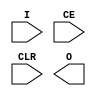
`default_nettype none
module BUFR #(
    parameter BUFR_DIVIDE = 4
) (
    input wire I,
    input wire CE,
    input wire CLR,
    output wire O
);

endmodule


module IDELAYE2 #(
    parameter IDELAY_TYPE ="FIXED",
    parameter DELAY_SRC ="IDATAIN",
    parameter IDELAY_VALUE =14, // a value of 14 should give ~1.1ns with a 200MHz reference
    parameter HIGH_PERFORMANCE_MODE ="TRUE",
    parameter SIGNAL_PATTERN ="DATA",
    parameter REFCLK_FREQUENCY =200,
    parameter CINVCTRL_SEL ="FALSE",
    parameter PIPE_SEL ="FALSE"
) (
    input wire C,
    input wire REGRST,
    input wire LD,
    input wire CE,
    input wire INC,
    input wire CINVCTRL,
    input wire [8:0] CNTVALUEIN,
    input wire IDATAIN,
    input wire DATAIN,
    input wire LDPIPEEN,
    output wire DATAOUT,
    output wire [4:0] CNTVALUEOUT
);


endmodule



module ODDR(
    output wire Q,
    input wire D1, D2,
    input wire C,
    input wire CE, R,S
);

endmodule


module IBUFGDS (
    input wire I, IB,
    output wire O
);
    assign O = I;

endmodule

module IBUFDS #(
    parameter DIFF_TERM = "FALSE",
    parameter IBUF_LOW_PWR = "FALSE",
    parameter IOSTANDARD = "DEFAULT"
) (
    input wire I, IB,
    output wire O
);
    assign O = I;

endmodule

module BUFG (
    input wire I,
    output wire O
);
    assign O=I;

endmodule


module OBUFDS #(
    parameter IOSTANDARD = "DEFAULT",
    parameter SLEW = "SLOW"
) (
    input wire I,
    output wire O,OB
);
    assign O = I;
    assign OB = ~I;

endmodule



module ISERDESE2 #(
    parameter DATA_RATE = "DDR",
    parameter DATA_WIDTH = 8,
    parameter INTERFACE_TYPE = "NETWORKING", // Using internal clock network routing
    parameter DYN_CLKDIV_INV_EN = "FALSE", // We do not need dynamic clocking
    parameter DYN_CLK_INV_EN = "FALSE", // We do not need dynamic clocking
    parameter NUM_CE = 1, // Only use CE1 as a clock enable
    parameter OFB_USED = "FALSE", //
    parameter IOBDELAY = "BOTH",
    parameter SERDES_MODE = "MASTER"
) (
    output wire Q1,
    output wire Q2,
    output wire Q3,
    output wire Q4,
    output wire Q5,
    output wire Q6,
    output wire Q7,
    output wire Q8,
    output wire O,
    output wire SHIFTOUT1,
    output wire SHIFTOUT2,
    input wire D,
    input wire DDLY,
    input wire CLK,
    input wire CLKB,
    input wire CE1,
    input wire CE2,
    input wire RST,
    input wire CLKDIV,
    input wire CLKDIVP,
    input wire OCLK,
    input wire OCLKB,
    input wire BITSLIP,
    input wire SHIFTIN1,
    input wire SHIFTIN2,
    input wire OFB,
    input wire DYNCLKDIVSEL,
    input wire DYNCLKSEL
);

endmodule


module IDELAYCTRL (
	input wire RST,
	input wire REFCLK,
	output wire RDY
);



endmodule


//ultrascale

module MMCME4_BASE #(
    parameter BANDWIDTH="OPTIMIZED",   // Jitter programming (OPTIMIZED, HIGH, LOW)
    parameter CLKFBOUT_MULT_F=5,     // Multiply value for all CLKOUT (2.000-64.000).
    parameter CLKFBOUT_PHASE=0.000, // Phase offset in degrees of CLKFB (-360.000-360.000).
    parameter DIVCLK_DIVIDE=1,         // Master division value (1-106)
    parameter CLKIN1_PERIOD=0,         // Input clock period in ns to ps resolution (i.e. 33.333 is 30 MHz).
    parameter CLKOUT0_DIVIDE_F=1,    // Divide amount for CLKOUT0 (1.000-128.000).
    parameter CLKOUT0_PHASE=0.0,       // Phase offset for each CLKOUT (-360.000-360.000).
    parameter CLKOUT0_DUTY_CYCLE=0.5,

    parameter CLKOUT1_DIVIDE=1,    // Divide amount for CLKOUT0 (1.000-128.000).
    parameter CLKOUT1_PHASE=0.0,       // Phase offset for each CLKOUT (-360.000-360.000).
    parameter CLKOUT1_DUTY_CYCLE=0.5,

    parameter CLKOUT2_DIVIDE=1,    // Divide amount for CLKOUT0 (1.000-128.000).
    parameter CLKOUT2_PHASE=0.0,       // Phase offset for each CLKOUT (-360.000-360.000).
    parameter CLKOUT2_DUTY_CYCLE=0.5,

    parameter CLKOUT3_DIVIDE=1,    // Divide amount for CLKOUT0 (1.000-128.000).
    parameter CLKOUT3_PHASE=0.0,       // Phase offset for each CLKOUT (-360.000-360.000).
    parameter CLKOUT3_DUTY_CYCLE=0.5,

    parameter CLKOUT4_DIVIDE=1,    // Divide amount for CLKOUT0 (1.000-128.000).
    parameter CLKOUT4_PHASE=0.0,       // Phase offset for each CLKOUT (-360.000-360.000).
    parameter CLKOUT4_DUTY_CYCLE=0.5,

    parameter CLKOUT5_DIVIDE=1,    // Divide amount for CLKOUT0 (1.000-128.000).
    parameter CLKOUT5_PHASE=0.0,       // Phase offset for each CLKOUT (-360.000-360.000).
    parameter CLKOUT5_DUTY_CYCLE=0.5,

    parameter CLKOUT6_DIVIDE=1,    // Divide amount for CLKOUT0 (1.000-128.000).
    parameter CLKOUT6_PHASE=0.0,       // Phase offset for each CLKOUT (-360.000-360.000).
    parameter CLKOUT6_DUTY_CYCLE=0.5,

    parameter REF_JITTER1=0.0,         // Reference input jitter in UI (0.000-0.999).
    parameter STARTUP_WAIT="FALSE"     // Delays DONE until MMCM is locked (FALSE, TRUE)
        ) (
    input wire CLKFBIN, // 1-bit input: Feedback clock
    output wire CLKFBOUT,    // 1-bit output: Feedback clock
    output wire CLKFBOUTB,    // 1-bit output: Feedback clock

    input wire CLKIN1,      // 1-bit input: Clock
    input wire RST,                // 1-bit input: Reset


    output wire CLKOUT0,   // 1-bit output: CLKOUT0
    output wire CLKOUT0B,   //inverted CLKOUT0

    output wire CLKOUT1,   // 1-bit output: CLKOUT
    output wire CLKOUT1B,   //inverted CLKOUT
    
    output wire CLKOUT2,   // 1-bit output: CLKOUT
    output wire CLKOUT2B,   //inverted CLKOUT

    output wire CLKOUT3,   // 1-bit output: CLKOUT
    output wire CLKOUT3B,   //inverted CLKOUT


    output wire CLKOUT4,   // 1-bit output: CLKOUT
    output wire CLKOUT5,   // 1-bit output: CLKOUT
    output wire CLKOUT6,   // 1-bit output: CLKOUT

    output wire LOCKED                 // 1-bit output: LOCK
        );

    assign CLKOUT0B = ~CLKOUT0;
    assign CLKOUT1B = ~CLKOUT1;
    assign CLKOUT2B = ~CLKOUT2;
    assign CLKOUT3B = ~CLKOUT3;


endmodule



module ISERDESE3 #(
        parameter DATA_WIDTH=8,// Parallel data width (4,8)
        parameter FIFO_ENABLE="FALSE",// Enables the use of the FIFO
        parameter FIFO_SYNC_MODE="FALSE",// Always set to FALSE. TRUE is reserved for later use.
        parameter IS_CLK_B_INVERTED=1'b1,// Optional inversion for CLK_B
        parameter IS_CLK_INVERTED=1'b0,// Optional inversion for CLK
        parameter IS_RST_INVERTED=1'b0,// Optional inversion for RST
        parameter SIM_DEVICE="ULTRASCALE_PLUS"  // Set the device version for simulation functionality (ULTRASCALE,
   )(
        output wire FIFO_EMPTY,            // 1-bit output: FIFO empty flag
        output wire INTERNAL_DIVCLK,       // 1-bit output: Internally divided down clock used when FIFO is
        output wire [DATA_WIDTH-1:0] Q,         // 8-bit registered output
        input wire CLK,      // 1-bit input: High-speed clock
        input wire CLKDIV,        // 1-bit input: Divided Clock
        input wire CLK_B,    // 1-bit input: Inversion of High-speed clock CLK
        input wire D,          // 1-bit input: Serial Data Input
        input wire FIFO_RD_CLK,           // 1-bit input: FIFO read clock
        input wire FIFO_RD_EN,            // 1-bit input: Enables reading the FIFO when asserted
        input wire RST               // 1-bit input: Asynchronous Reset
   );

reg [$clog2(DATA_WIDTH)-1:0] counter =0;
reg [DATA_WIDTH-1:0] internal_reg=0;
generate
    if(DATA_WIDTH==4)begin
        //SDR mode
        always@(posedge CLK)begin
            internal_reg[counter] <= D;
            if(counter==(DATA_WIDTH-1))
                counter <= 0;
            else 
                counter <= counter+1;
        end
    end
    else begin
        //DDR mode
        always@(posedge CLK or negedge CLK)begin
            internal_reg[counter] <= D;
            if(counter==(DATA_WIDTH-1))
                counter <= 0;
            else 
                counter <= counter+1;
        end
    end
endgenerate



assign Q = internal_reg;

endmodule